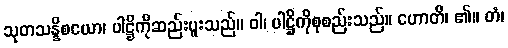
သုတသန္နိစယော၊ ပါဋ္ဌိကိုဆည်းပူးသည်။ ဝါ၊ ပါဋ္ဌိကိုစုစည်းသည်။ ဟောတိ၊ ၏။ တံ၊